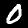
Label: 0